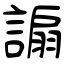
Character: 謆